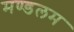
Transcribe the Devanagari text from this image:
मण्डलम